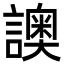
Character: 䜒